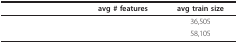
<table><thead><tr><td>[EMPTY_CELL]</td><td><b>avg # features</b></td><td><b>avg train size</b></td></tr></thead><tbody><tr><td>[EMPTY_CELL]</td><td>[EMPTY_CELL]</td><td>36,505</td></tr><tr><td>[EMPTY_CELL]</td><td>[EMPTY_CELL]</td><td>58,105</td></tr></tbody></table>